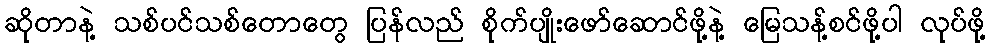
ဆိုတာနဲ့ သစ်ပင်သစ်တောတွေ ပြန်လည် စိုက်ပျိုးဖော်ဆောင်ဖို့နဲ့ မြေသန့်စင်ဖို့ပါ လုပ်ဖို့